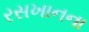
રસખાનના